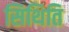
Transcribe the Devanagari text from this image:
सिथिति